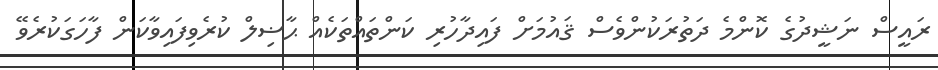
ރައީސް ނަޝީދުގެ ކޮންމެ ދަތުރަކުންވެސް ޤައުމަށް ފައިދާހުރި ކަންތައްތަކެއް ޙާޟިލް ކުރެވިފައިވާކަން ފާހަގަކުރެވޭ